Vaccination North-Western Provinces and Oudh 1896-1901 - 1896-1901
Year: 1896
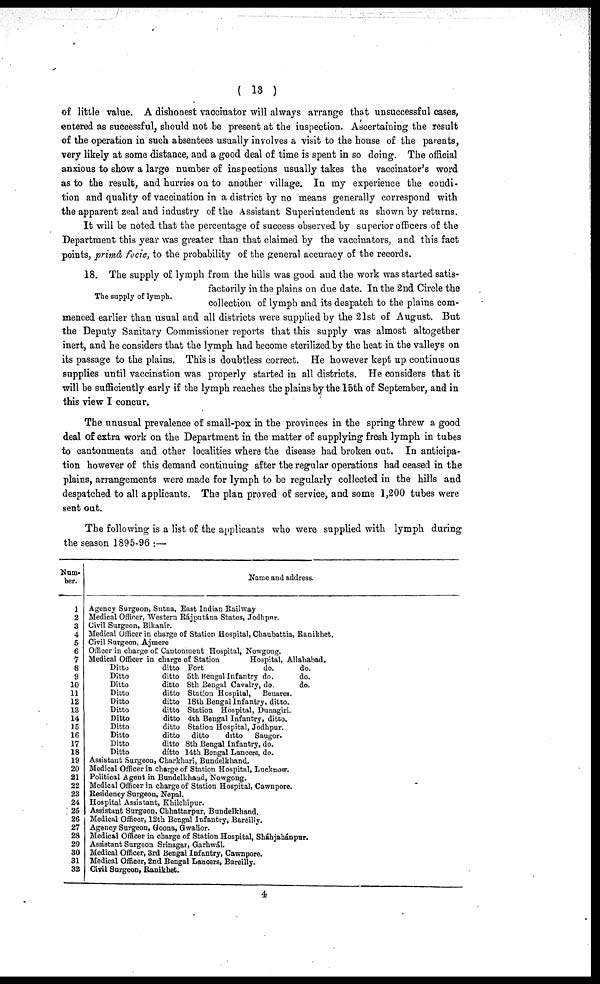
( 13 )
of little value. A dishonest vaccinator will always arrange that unsuccessful cases,
entered as successful, should not be present at the inspection. Ascertaining the result
of the operation in such absentees usually involves a visit to the house of the parents,
very likely at some distance, and a good deal of time is spent in so doing. The official
anxious to show a large number of inspections usually takes the vaccinator's word
as to the result, and hurries on to another village. In my experience the condi-
tion and quality of vaccination in a district by no means generally correspond with
the apparent zeal and industry of the Assistant Superintendent as shown by returns.
It will be noted that the percentage of success observed by superior officers of the
Department this year was greater than that claimed by the vaccinators, and this fact
points, primâ focie, to the probability of the general accuracy of the records.
The supply of lymph.
18. The supply of lymph from the hills was good and the work was started satis-
factorily in the plains on due date. In the 2nd Circle the
collection of lymph and its despatch to the plains com-
menced earlier than usual and all districts were supplied by the 21st of August. But
the Deputy Sanitary Commissioner reports that this supply was almost altogether
inert, and he considers that the lymph had become sterilized by the heat in the valleys on
its passage to the plains. This is doubtless correct. He however kept up continuous
supplies until vaccination was properly started in all districts. He considers that it
will be sufficiently early if the lymph reaches the plains by the 15th of September, and in
this view I concur.
The unusual prevalence of small-pox in the provinces in the spring threw a good
deal of extra work on the Department in the matter of supplying fresh lymph in tubes
to cantonments and other localities where the disease had broken out. In anticipa-
tion however of this demand continuing after the regular operations had ceased in the
plains, arrangements were made for lymph to be regularly collected in the hills and
despatched to all applicants. The plan proved of service, and some 1,200 tubes were
sent out.
The following is a list of the applicants who were supplied with lymph during
the season 1895-96:—
Num¬
ber.
1
2
3
4
5
6
7
8
9
10
11
12
13
14
15
16
17
18
19
20
21
22
23
24
25
26
27
28
29
30
31
32
Name and address.
Agency Surgeon, Sutna, East Indian Railway
Medical Officer, Western Rájputána States, Jodhpur.
Civil Surgeon, Bikanir.
Medical Officer in charge of Station Hospital, Chaubattia, Ranikhet.
Civil Surgeon, Ajmere
Officer in charge of Cantonment Hospital, Nowgong.
Medical Officer in charge of Station
Hospital, Allahabad.
Ditto
ditto Fort
do.
do.
Ditto
ditto 5th Bengal Infantry do.
do.
Ditto
ditto 8th Bengal Cavalry, do.
do.
Ditto
ditto Station Hospital, Benares.
Ditto
ditto 18th Bengal Infantry, ditto.
Ditto
ditto Station Hospital, Dunagiri.
Ditto
ditto 4th Bengal Infantry, ditto.
Ditto
ditto Station Hospital, Jodhpur.
Ditto
ditto ditto
ditto
Saugor.
Ditto
ditto 8th Bengal Infantry, do.
Ditto
ditto 14th Bengal Lancers, do.
Assistant Surgeon, Charkhari, Bundelkhand.
Medical Officer in charge of Station Hospital, Lucknow.
Political Agent in Bundelkhand, Nowgong.
Medical Officer in charge of Station Hospital, Cawnpore.
Residency Surgeon, Nepal.
Hospital Assistant, Khilchipur.
Assistant Surgeon, Chhattarpur, Bundelkhand.
Medical Officer, 12th Bengal Infantry, Bareilly.
Agency Surgeon, Goona, Gwalior.
Medical Officer in charge of Station Hospital, Sháhjahánpur.
Assistant Surgeon Srinagar, Garhwál.
Medical Officer, 3rd Bengal Infantry, Cawnpore.
Medical Officer, 2nd Bengal Lancers, Bareilly.
Civil Surgeon, Ranikhet.
4